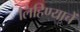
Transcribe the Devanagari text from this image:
लिहिण्याचें